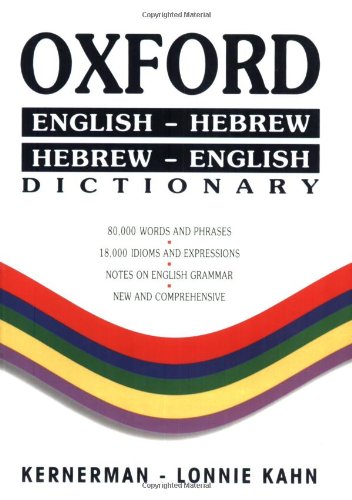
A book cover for Oxford Dictionary: English-Hebrew/Hebrew-English (Hebrew Edition); Reference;